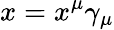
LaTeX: x=x^{\mu}\gamma_{\mu}